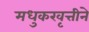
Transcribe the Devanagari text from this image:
मधुकरवृत्तीने